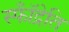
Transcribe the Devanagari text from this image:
स्फॉँद्रेति